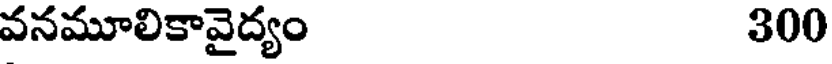
వనమూలికావైద్యం 300